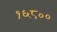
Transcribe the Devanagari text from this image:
१६८००